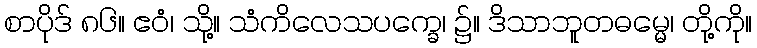
စာပိုဒ် ၈၆။ ဧဝံ၊ သို့။ သံကိလေသပက္ခေ၊ ၌။ ဒိသာဘူတဓမ္မေ၊ တို့ကို။